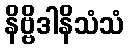
နိဗ္ဗိဒါနိသံသံ